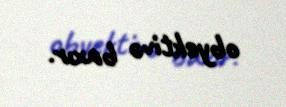
obyektivə baxır.